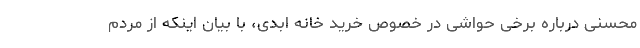
محسنی درباره برخی حواشی در خصوص خرید خانه ابدی، با بیان اینکه از مردم